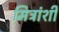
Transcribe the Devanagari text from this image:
मित्रांशी